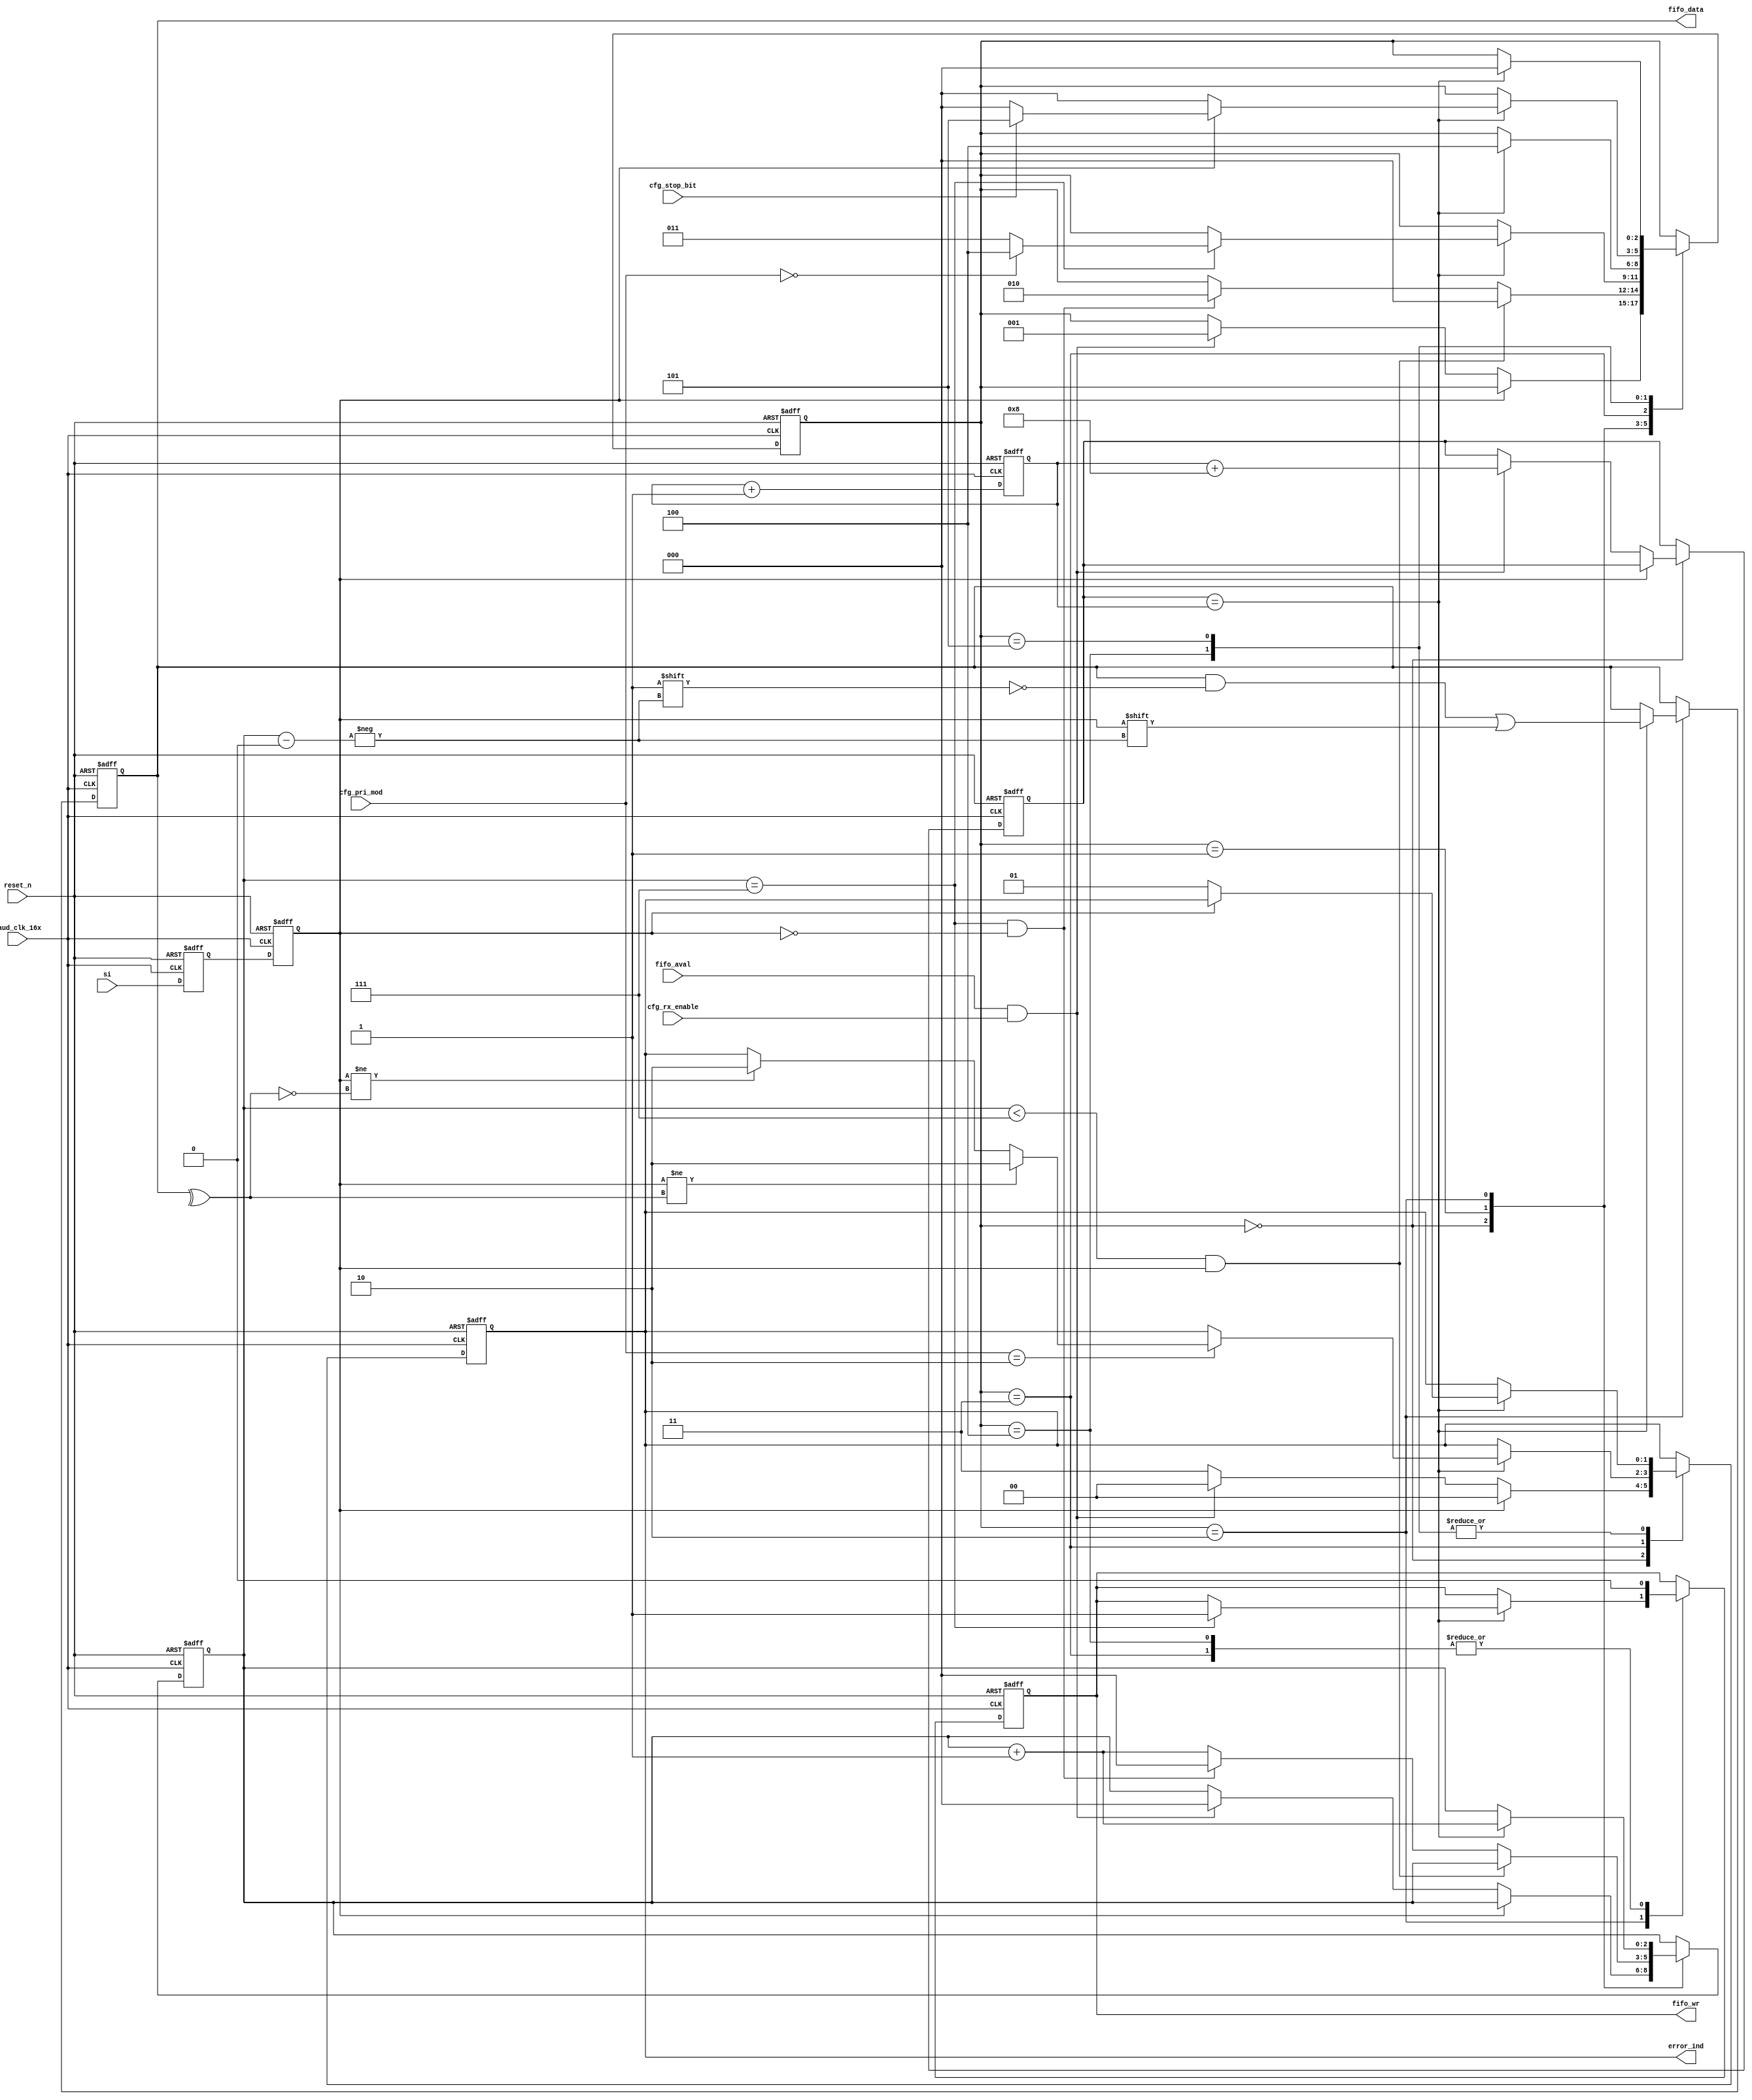
//////////////////////////////////////////////////////////////////////
////                                                              ////
////  Tubo 8051 cores UART Interface Module                       ////
////                                                              ////
////  This file is part of the Turbo 8051 cores project           ////
////  http://www.opencores.org/cores/turbo8051/                   ////
////                                                              ////
////  Description                                                 ////
////  Turbo 8051 definitions.                                     ////
////                                                              ////
////  To Do:                                                      ////
////    nothing                                                   ////
////                                                              ////
////  Author(s):                                                  ////
////      - Dinesh Annayya, dinesha@opencores.org                 ////
////                                                              ////
//////////////////////////////////////////////////////////////////////
////                                                              ////
//// Copyright (C) 2000 Authors and OPENCORES.ORG                 ////
////                                                              ////
//// This source file may be used and distributed without         ////
//// restriction provided that this copyright statement is not    ////
//// removed from the file and that any derivative work contains  ////
//// the original copyright notice and the associated disclaimer. ////
////                                                              ////
//// This source file is free software; you can redistribute it   ////
//// and/or modify it under the terms of the GNU Lesser General   ////
//// Public License as published by the Free Software Foundation; ////
//// either version 2.1 of the License, or (at your option) any   ////
//// later version.                                               ////
////                                                              ////
//// This source is distributed in the hope that it will be       ////
//// useful, but WITHOUT ANY WARRANTY; without even the implied   ////
//// warranty of MERCHANTABILITY or FITNESS FOR A PARTICULAR      ////
//// PURPOSE.  See the GNU Lesser General Public License for more ////
//// details.                                                     ////
////                                                              ////
//// You should have received a copy of the GNU Lesser General    ////
//// Public License along with this source; if not, download it   ////
//// from http://www.opencores.org/lgpl.shtml                     ////
////                                                              ////
//////////////////////////////////////////////////////////////////////

// UART rx state machine

module uart_rxfsm (
             reset_n        ,
             baud_clk_16x   ,

             cfg_rx_enable  ,
             cfg_stop_bit   ,
             cfg_pri_mod    ,

             error_ind      ,

       // FIFO control signal
             fifo_aval      ,
             fifo_wr        ,
             fifo_data      ,

          // Line Interface
             si  
          );


input             reset_n        ; // active low reset signal
input             baud_clk_16x   ; // baud clock-16x

input             cfg_rx_enable  ; // transmit interface enable
input             cfg_stop_bit   ; // stop bit 
                                   // 0 --> 1 stop, 1 --> 2 Stop
input   [1:0]     cfg_pri_mod    ;// Priority Mode
                                   // 2'b00 --> None
                                   // 2'b10 --> Even priority
                                   // 2'b11 --> Odd priority

output [1:0]      error_ind     ; // 2'b00 --> Normal
                                  // 2'b01 --> framing error
                                  // 2'b10 --> parity error
                                  // 2'b11 --> fifo full
//--------------------------------------
//   FIFO control signal
//--------------------------------------
input             fifo_aval      ; // fifo empty
output            fifo_wr        ; // fifo write, assumed no back to back write
output  [7:0]     fifo_data      ; // fifo write data

// Line Interface
input             si             ;  // rxd pin



reg     [7:0]    fifo_data       ; // fifo write data
reg              fifo_wr         ; // fifo write 
reg    [1:0]     error_ind       ; 
reg    [2:0]     cnt             ;
reg    [3:0]     offset          ; // free-running counter from 0 - 15
reg    [3:0]     rxpos           ; // stable rx position
reg    [2:0]     rxstate         ;
reg              si_d            ; // delayed si
reg              si_2d           ; // 2 cycle delayed si

parameter idle_st      = 3'b000;
parameter xfr_start    = 3'b001;
parameter xfr_data_st  = 3'b010;
parameter xfr_pri_st   = 3'b011;
parameter xfr_stop_st1 = 3'b100;
parameter xfr_stop_st2 = 3'b101;


always @(negedge reset_n or posedge baud_clk_16x) begin
   if(reset_n == 0) begin
      rxstate   <= 3'b0;
      offset    <= 4'b0;
      rxpos     <= 4'b0;
      cnt       <= 3'b0;
      error_ind <= 2'b0;
      fifo_wr   <= 1'b0;
      fifo_data <= 8'h0;
      si_d      <= 1'b1;
      si_2d     <= 1'b1;
   end
   else begin
      // two cycle double sync uart-si to take care of async behaviour
      si_d      <= si;
      si_2d     <= si_d;
      offset     <= offset + 1;
      case(rxstate)
       idle_st   : begin
            if(!si_2d) begin // Start indication
               if(fifo_aval && cfg_rx_enable) begin
                 rxstate   <=   xfr_start;
                 cnt       <=   0;
                 rxpos     <=   offset + 8; // Assign center rxoffset
                 error_ind <= 2'b00;
               end
               else begin
                  error_ind <= 2'b11; // fifo full error indication
               end
            end else begin
               error_ind <= 2'b00; // Reset Error
            end
         end
      xfr_start : begin
            // Make Sure that minimum 8 cycle low is detected
            if(cnt < 7 && si_2d) begin // Start indication
               rxstate <=   idle_st;
            end
            else if(cnt == 7 && !si_2d) begin // Start indication
                rxstate <=   xfr_data_st;
                cnt     <=   0;
            end else begin
              cnt  <= cnt +1;
            end
         end
      xfr_data_st : begin
             if(rxpos == offset) begin
                fifo_data[cnt] <= si_2d;
                cnt            <= cnt+1;
                if(cnt == 7) begin
                   fifo_wr <= 1;
                   if(cfg_pri_mod == 2'b00)  // No Priority
                       rxstate <=   xfr_stop_st1;
                   else rxstate <= xfr_pri_st;  
                end
             end
          end
       xfr_pri_st   : begin
            fifo_wr <= 0;
            if(rxpos == offset) begin
               if(cfg_pri_mod == 2'b10)  // even priority
                  if( si_2d != ^fifo_data) error_ind <= 2'b10;
               else  // Odd Priority
                  if( si_2d != ~(^fifo_data)) error_ind <= 2'b10;
               rxstate <=   xfr_stop_st1;
            end
         end
       xfr_stop_st1  : begin
          fifo_wr <= 0;
          if(rxpos == offset) begin
             if(si_2d) begin
               if(cfg_stop_bit) // Two Stop bit
                  rxstate <=   xfr_stop_st2;
               else   
                  rxstate <=   idle_st;
             end else begin // Framing error
                error_ind <= 2'b01;
                rxstate   <=   idle_st;
             end
          end
       end
       xfr_stop_st2  : begin
          if(rxpos == offset) begin
             if(si_2d) begin
                rxstate <=   idle_st;
             end else begin // Framing error
                error_ind <= 2'b01;
                rxstate   <=   idle_st;
             end
          end
       end
    endcase
   end
end


endmodule